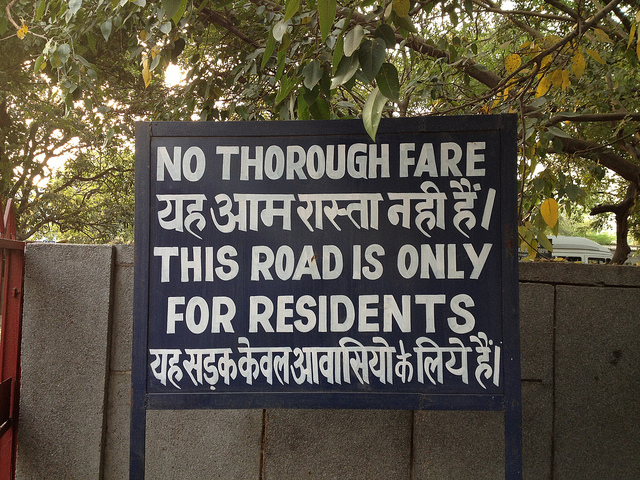
Language: hindi
Transcription: हैं। नही यह के लिये यह केवल हैं। रास्ता